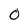
Character: 0